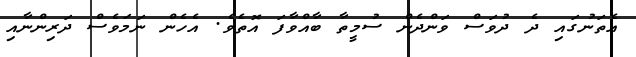
އެތަނުގައި ދެ ދުވަސް ވަންދެން ސުމީތާ ބާއްވާފަ އޮތެވެ. އެހެން ނަމަވެސް ދަރިންނާއި